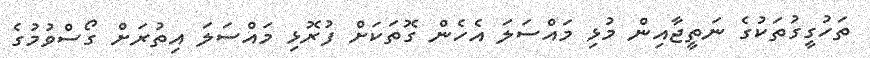
ތަހުގީގުތަކުގެ ނަތީޖާއިން މުޅި މައްސަލަ އެހެން ގޮތަކަށް ފުރޮޅި މައްސަލަ އިތުރަށް ގޯސްވުމުގެ